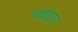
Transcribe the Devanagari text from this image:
चर्चांद्वारा